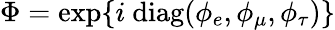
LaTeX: \Phi=\exp\{ i~\mathrm{diag}(\phi_{e},\phi_{\mu},\phi_{\tau})\}